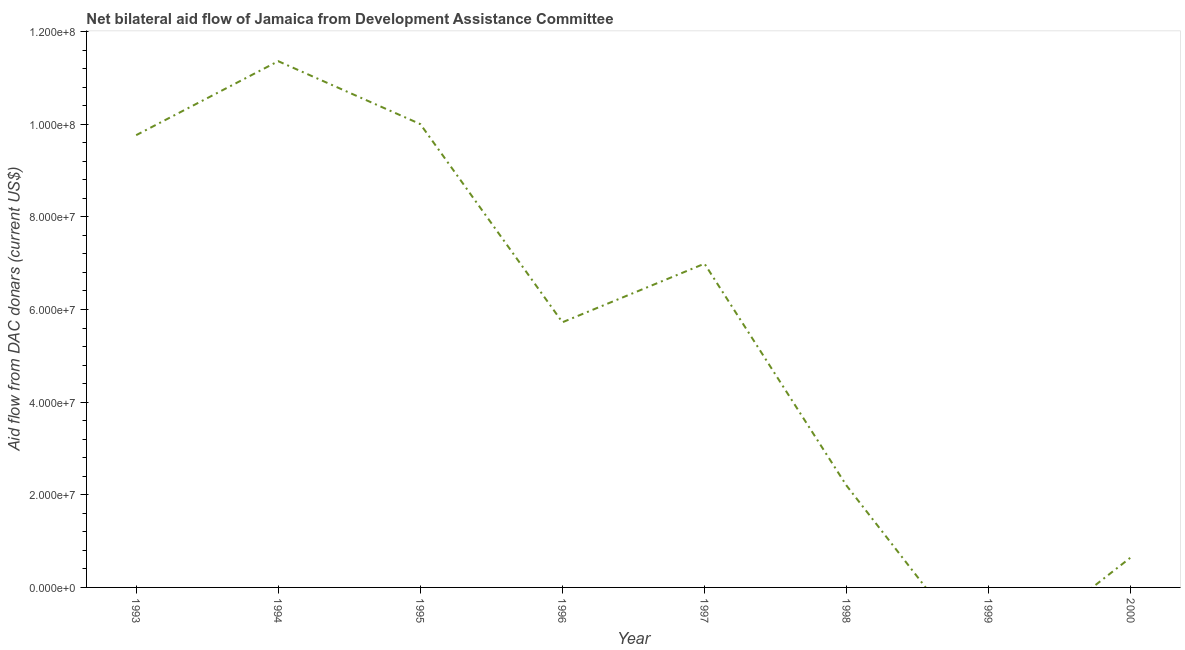
| Year | Net bilateral aid flows from DAC donors |
 | --- | --- |
 | 1993 | 9.76e+07 |
 | 1994 | 1.14e+08 |
 | 1995 | 1e+08 |
 | 1996 | 5.72e+07 |
 | 1997 | 6.99e+07 |
 | 1998 | 2.2e+07 |
 | 1999 | -1.75e+07 |
 | 2000 | 6.48e+06 |